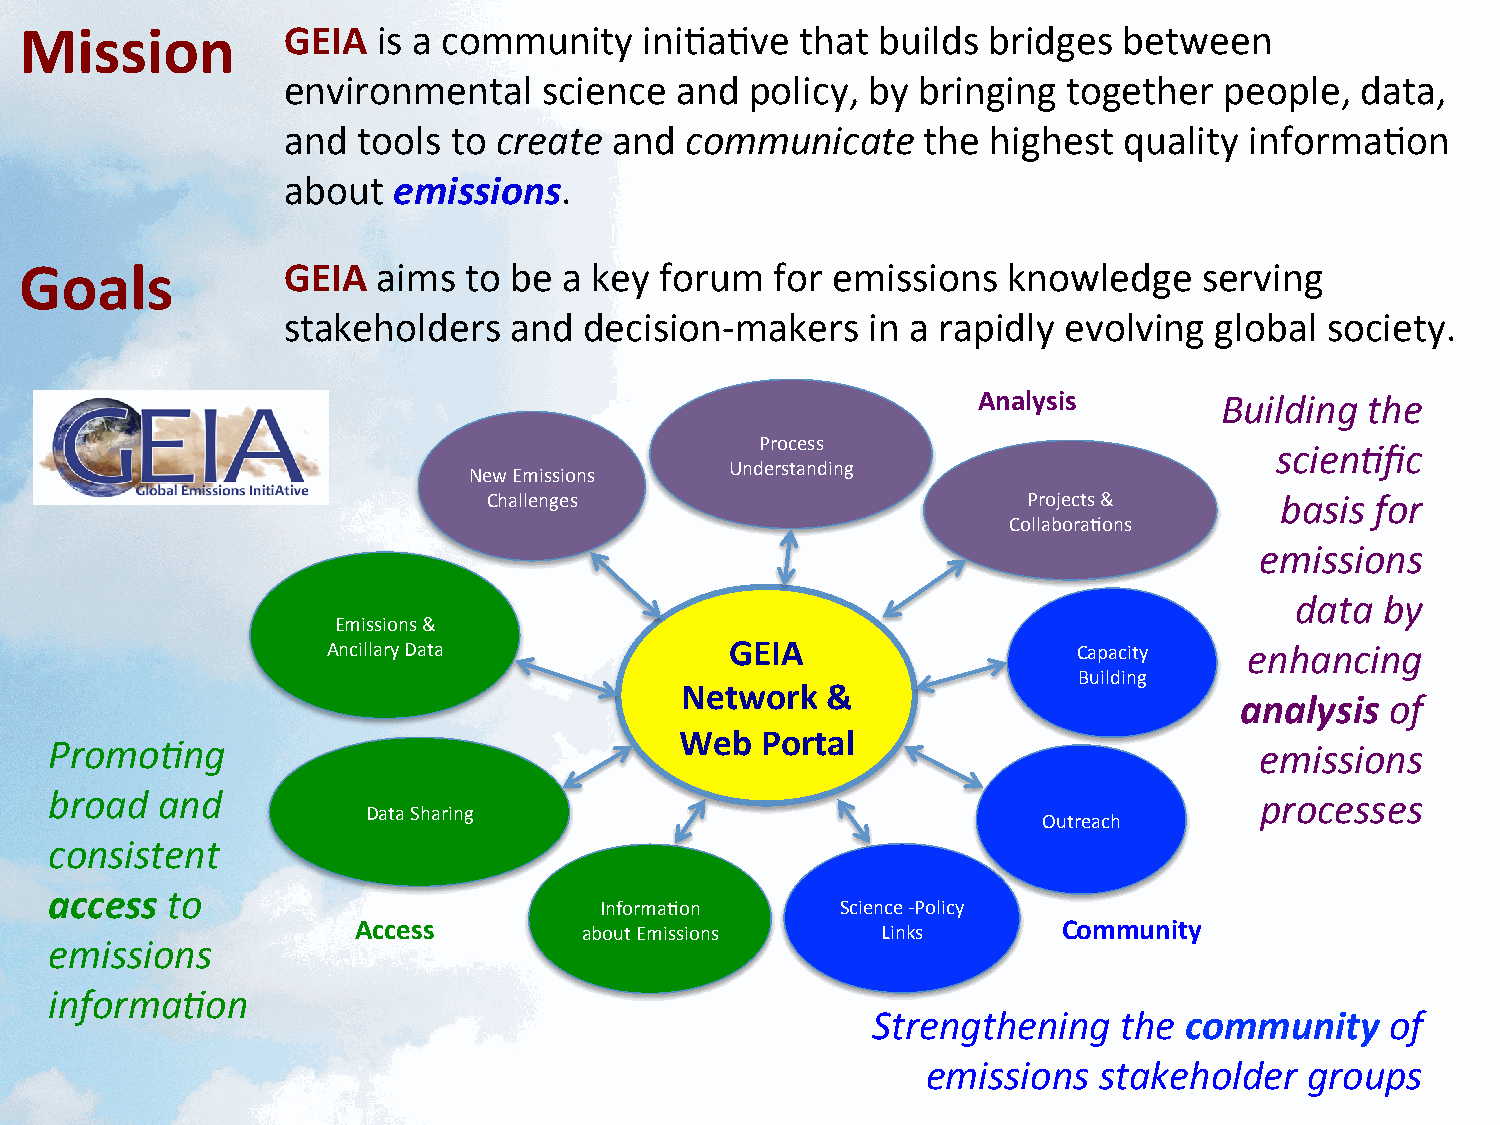
Mission           GEIA  is a community    ini<a<ve  that builds  bridges between
 environmental    science  and  policy, by bringing  together  people,  data,
 and  tools to create  and communicate     the  highest quality  informa<on
 about  emissions.
 Goals             GEIA  aims  to be a key  forum  for emissions   knowledge    serving
 stakeholders   and  decision-­‐makers  in a rapidly evolving global  society.
 Analysis        Building  the
 Process
 scienAfic
 Understanding
 New Emissions
 Challenges                          Projects &       basis for
 Collabora<ons
 emissions
 data  by
 Emissions &
 Ancillary Data            GEIA                   Capacity    enhancing
 Building
 Network   &
 analysis  of
 Web  Portal
 PromoAng                                                                        emissions
 broad  and                                                                      processes
 Data Sharing
 Outreach
 consistent
 access  to
 Informa<on      Science -­‐Policy
 Access         about Emissions    Links       Community
 emissions
 informaAon
 Strengthening   the community     of
 emissions   stakeholder   groups